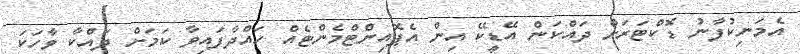
އެމަނިކުފާނު ޑޮކްޓަރަށް ދައްކަން އޭޑީކޭ އިން އެޕޮއިންޓްމެންޓެއް ހައްދާފައިވާ ކަމަށް ދައްކާ ވާހަކަ